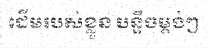
ដើមរបស់ខ្លួន បន្ទឹចម្តង់ៗ